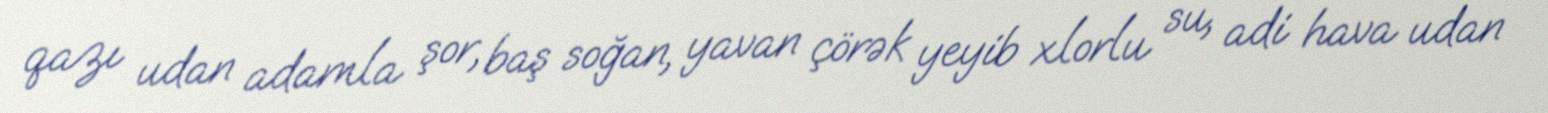
qazı udan adamla şor, baş soğan, yavan çörək yeyib xlorlu su, adi hava udan